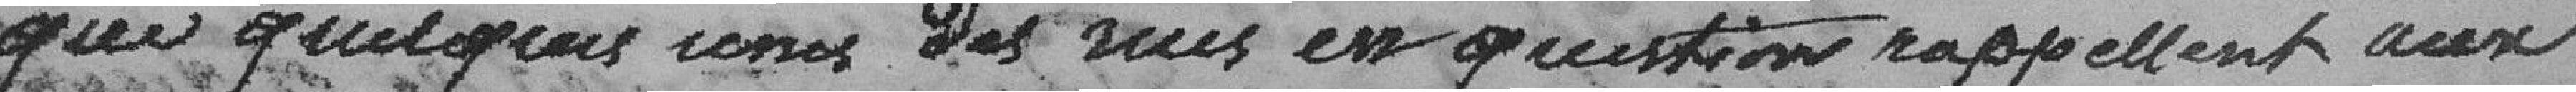
que quelques unes des rues en question rappellent aux